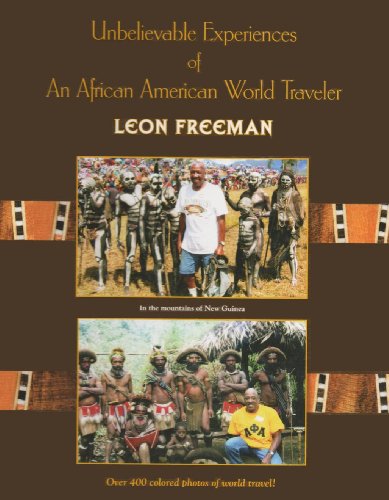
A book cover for Unbelievable Experiences of an African American World Traveler; Leon Freeman; Travel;